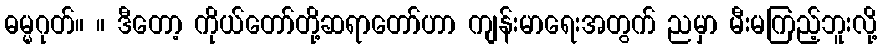
ဓမ္မဂုတ်။ ။ ဒီတော့ ကိုယ်တော်တို့ဆရာတော်ဟာ ကျန်းမာရေးအတွက် ညမှာ မီးမကြည့်ဘူးလို့